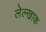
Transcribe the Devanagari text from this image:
लेल्खाक